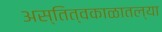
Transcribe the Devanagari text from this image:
अस्तित्वकाळातल्या